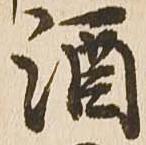
酒